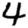
Digit: 4